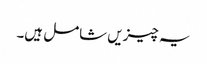
یہ چیزیں شامل ہیں۔